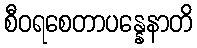
စီဝရစေတာပန္နေနာတိ